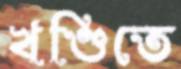
খণ্ডিতে